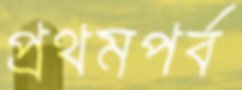
প্রথমপর্ব